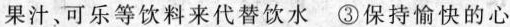
果汁，可乐等饮料来代替饮水 ③保持愉快的心